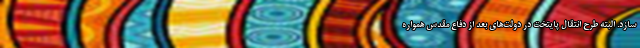
سازد. البته طرح انتقال پایتخت در دولت‌های بعد از دفاع مقدس همواره